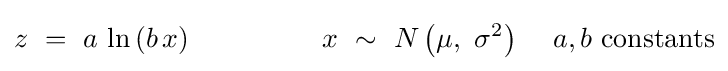
z\,\,=\,\,a\,\ln \,(b\,x)\,\,\,\,\,\,\,\,\,\,\,\,\,\,\,\,\,\,\,\,\,\,\,\,\,\,\,\,\,x\,\,\sim \,\,N\left({\mu ,\,\,\sigma ^{2}}\right)\,\,\,\,\,\,\,a,b\,\,{\rm {constants}}